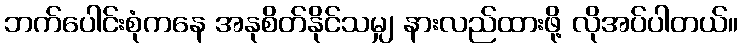
ဘက်ပေါင်းစုံကနေ အနုစိတ်နိုင်သမျှ နားလည်ထားဖို့ လိုအပ်ပါတယ်။